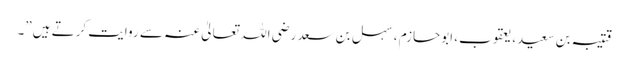
قتیبہ بن سعید، یعقوب، ابوحازم ، سہل بن سعد رضی اللہ تعالیٰ عنہ سے روایت کرتے ہیں”۔